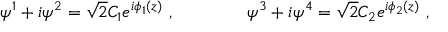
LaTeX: \psi ^ { 1 } + i \psi ^ { 2 } = \sqrt 2 C _ { 1 } e ^ { i \phi _ { 1 } ( z ) } \ , \qquad \qquad \psi ^ { 3 } + i \psi ^ { 4 } = \sqrt 2 C _ { 2 } e ^ { i \phi _ { 2 } ( z ) } \ , \nonumber